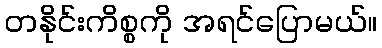
တနိုင်းကိစ္စကို အရင်ပြောမယ်။